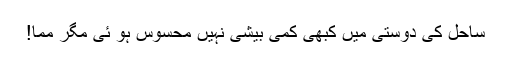
ساحل کی دوستی میں کبھی کمی بیشی نہیں محسوس ہو ئی مگر مما!